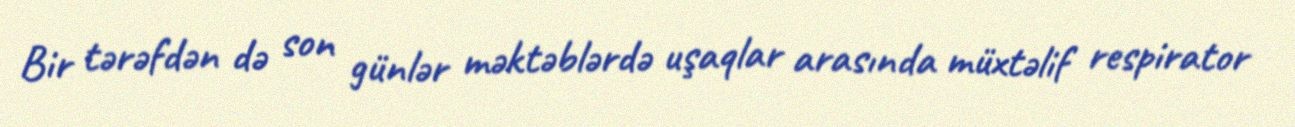
Bir tərəfdən də son günlər məktəblərdə uşaqlar arasında müxtəlif respirator